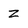
Character: Z